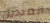
المنديل